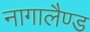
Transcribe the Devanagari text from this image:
नागालैण्‍ड